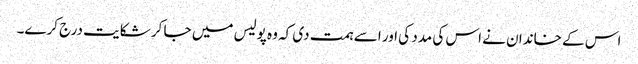
اس کے خاندان نے اس کی مدد کی اور اسے ہمت دی کہ وہ پولیس میں جا کر شکایت درج کرے۔